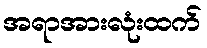
အရာအားလုံးထက်